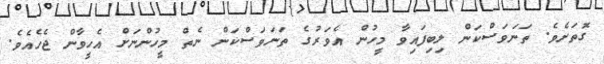
ގޮތަށެވެ. ތަނަވަސްކަން ލިބިފައިވާ މީހުން އެވަރުގެ ތަނަވަސްކަން ނެތް މީހުންނަށް އެހީވާން ޖެހެއެވެ.